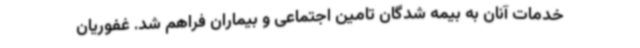
خدمات آنان به بیمه شدگان تامین اجتماعی و بیماران فراهم شد. غفوریان